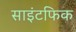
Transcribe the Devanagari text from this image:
साइंटफिक